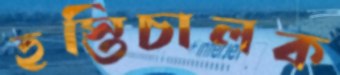
হস্তিচালক